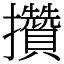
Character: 攢